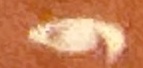
و